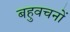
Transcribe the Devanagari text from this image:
बहुवचनों